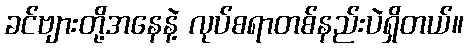
ခင်ဗျားတို့အနေနဲ့ လုပ်စရာတစ်နည်းပဲရှိတယ်။